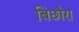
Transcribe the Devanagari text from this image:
बिछौरा